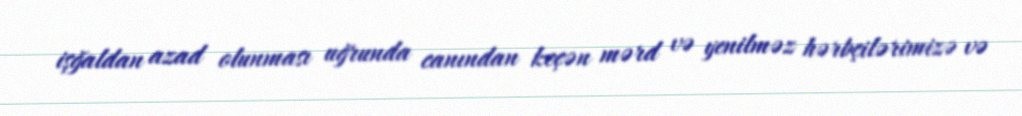
işğaldan azad olunması uğrunda canından keçən mərd və yenilməz hərbçilərimizə və